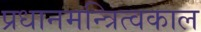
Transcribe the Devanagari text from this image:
प्रधानमन्त्रित्वकाल